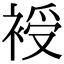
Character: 𧚯